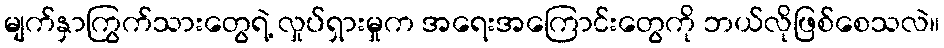
မျက်နှာကြွက်သားတွေရဲ့ လှုပ်ရှားမှုက အရေးအကြောင်းတွေကို ဘယ်လိုဖြစ်စေသလဲ။